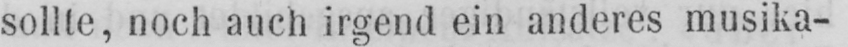
sollte, noch auch irgend ein anderes musika-